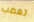
تغضب